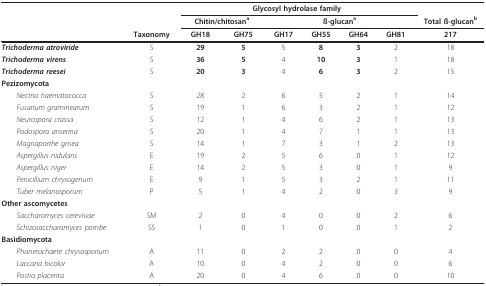
|  |  | <COLSPAN=6> Glycosyl hydrolase family |  |
 |  |  | <COLSPAN=2> Chitin/chitosana | <COLSPAN=4> ß-glucana | Total ß-glucanb |
 |  | Taxonomy | GH18 | GH75 | GH17 | GH55 | GH64 | GH81 | 217 |
 | --- | --- | --- | --- | --- | --- | --- | --- | --- |
 | Trichoderma atroviride | S | 29 | 5 | 5 | 8 | 3 | 2 | 18 |
 | Trichoderma virens | S | 36 | 5 | 4 | 10 | 3 | 1 | 18 |
 | Trichoderma reesei | S | 20 | 3 | 4 | 6 | 3 | 2 | 15 |
 | Pezizomycota |  |  |  |  |  |  |  |  |
 | Nectria haematococca | S | 28 | 2 | 6 | 5 | 2 | 1 | 14 |
 | Fusarium graminearum | S | 19 | 1 | 6 | 3 | 2 | 1 | 12 |
 | Neurospora crassa | S | 12 | 1 | 4 | 6 | 2 | 1 | 13 |
 | Podospora anserina | S | 20 | 1 | 4 | 7 | 1 | 1 | 13 |
 | Magnaporthe grisea | S | 14 | 1 | 7 | 3 | 1 | 2 | 13 |
 | Aspergillus nidulans | E | 19 | 2 | 5 | 6 | 0 | 1 | 12 |
 | Aspergillus niger | E | 14 | 2 | 5 | 3 | 0 | 1 | 9 |
 | Penicillium chrysogenum | E | 9 | 1 | 5 | 3 | 2 | 1 | 11 |
 | Tuber melanosporum | P | 5 | 1 | 4 | 2 | 0 | 3 | 9 |
 | Other ascomycetes |  |  |  |  |  |  |  |  |
 | Saccharomyces cerevisiae | SM | 2 | 0 | 4 | 0 | 0 | 2 | 6 |
 | Schizosaccharomyces pombe | SS | 1 | 0 | 1 | 0 | 0 | 1 | 2 |
 | Basidiomycota |  |  |  |  |  |  |  |  |
 | Phanerochaete chrysosporium | A | 11 | 0 | 2 | 2 | 0 | 0 | 4 |
 | Laccaria bicolor | A | 10 | 0 | 4 | 2 | 0 | 0 | 6 |
 | Postia placenta | A | 20 | 0 | 4 | 6 | 0 | 0 | 10 |